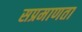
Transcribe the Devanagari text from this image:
सप्रमाणता